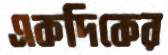
একদিকের